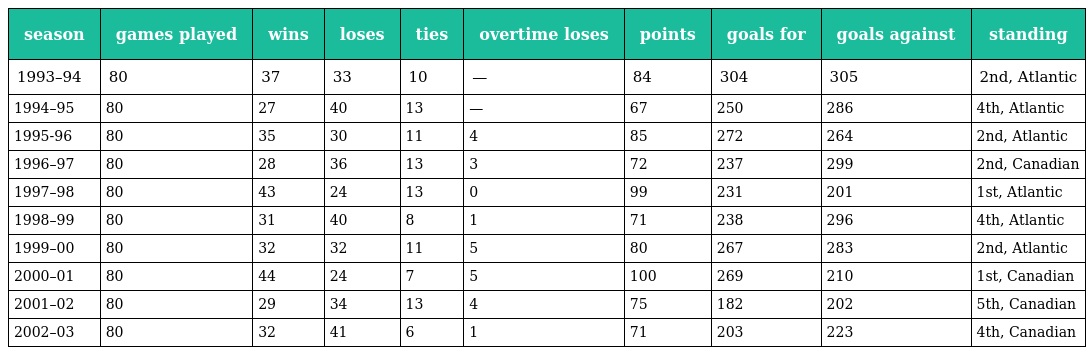
| season | games played | wins | loses | ties | overtime loses | points | goals for | goals against | standing |
 | --- | --- | --- | --- | --- | --- | --- | --- | --- | --- |
 | 1993–94 | 80 | 37 | 33 | 10 | — | 84 | 304 | 305 | 2nd, Atlantic |
 | 1994–95 | 80 | 27 | 40 | 13 | — | 67 | 250 | 286 | 4th, Atlantic |
 | 1995-96 | 80 | 35 | 30 | 11 | 4 | 85 | 272 | 264 | 2nd, Atlantic |
 | 1996–97 | 80 | 28 | 36 | 13 | 3 | 72 | 237 | 299 | 2nd, Canadian |
 | 1997–98 | 80 | 43 | 24 | 13 | 0 | 99 | 231 | 201 | 1st, Atlantic |
 | 1998–99 | 80 | 31 | 40 | 8 | 1 | 71 | 238 | 296 | 4th, Atlantic |
 | 1999–00 | 80 | 32 | 32 | 11 | 5 | 80 | 267 | 283 | 2nd, Atlantic |
 | 2000–01 | 80 | 44 | 24 | 7 | 5 | 100 | 269 | 210 | 1st, Canadian |
 | 2001–02 | 80 | 29 | 34 | 13 | 4 | 75 | 182 | 202 | 5th, Canadian |
 | 2002–03 | 80 | 32 | 41 | 6 | 1 | 71 | 203 | 223 | 4th, Canadian |